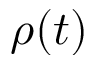
\rho ( t )